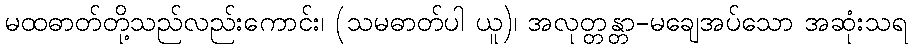
မထဓာတ်တို့သည်လည်းကောင်း၊ (သမဓာတ်ပါ ယူ)၊ အလုတ္တန္တာ-မချေအပ်သော အဆုံးသရ